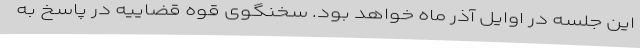
این جلسه در اوایل آذر ماه خواهد بود. سخنگوی قوه قضاییه در پاسخ به